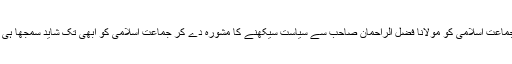
آپ نے جماعت اسلامی کو مولانا فضل الراحمان صاحب سے سیاست سیکھنے کا مشورہ دے کر جماعت اسلامی کو ابھی تک شاید سمجھا ہی نہیں ہے۔